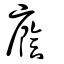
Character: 廕